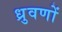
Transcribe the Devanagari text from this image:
ध्रुवणों